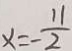
x = - \frac { 1 1 } { 2 }